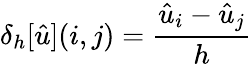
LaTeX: \delta_{h}[{\hat{u}}](i,j)={\frac{{\hat{u}}_{i}-{\hat{u}}_{j}}{h}}